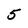
Character: 5